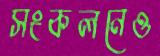
সংকলনেও